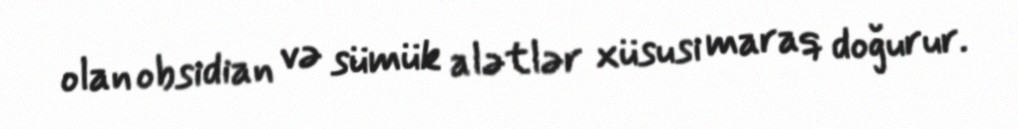
olan obsidian və sümük alətlər xüsusi maraq doğurur.